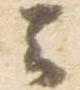
云